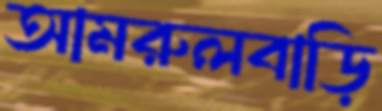
আমরুলবাড়ি